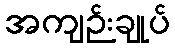
အကျဉ်းချုပ်